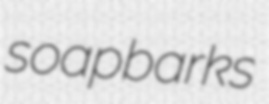
soapbarks